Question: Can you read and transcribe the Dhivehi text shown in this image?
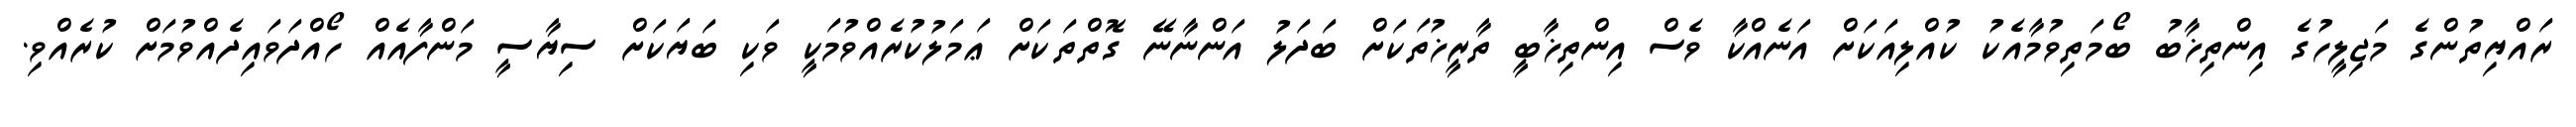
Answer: ރައްޔިތުންގެ މަޖިލީހުގެ އިންތިޚާބު ބޯމަތިވުމާއެކު ކުއްލިއަކަށް އަނެއްކާ ވެސް އިންތިޚާބީ ތާރީޚުތަކަށް ބަދަލު އަންނާނޭ ގޮތްތަކަށް ޢަމަލުކުރެއްވުމަކީ ވަކި ބަޔަކަށް ސިޔާސީ މަންފާއެއް ހޯއްދަވައިދެއްވުމަށް ކުރެއްވި.